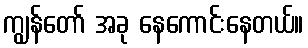
ကျွန်တော် အခု နေကောင်းနေတယ်။